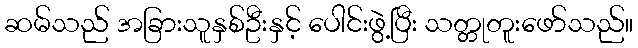
ဆမ်သည် အခြားသူနှစ်ဦးနှင့် ပေါင်းဖွဲ့ပြီး သတ္တုတူးဖော်သည်။